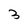
Character: 3